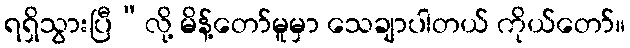
ရရှိသွားပြီ”လို့ မိန့်တော်မူမှာ သေချာပါတယ် ကိုယ်တော်။